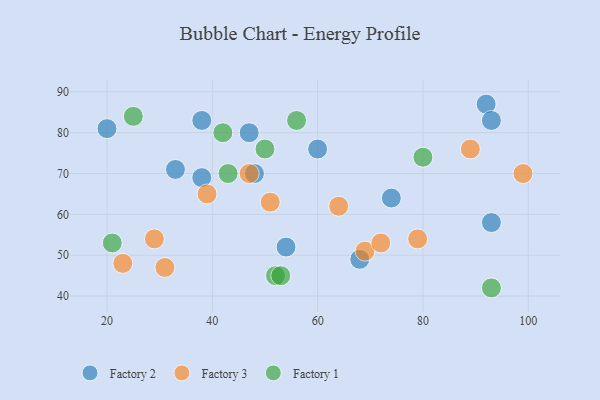
{"axis": {"x": "GDP", "y": "Life Expectancy"}, "legend": ["Factory 1", "Factory 2", "Factory 3"], "data": [{"x": "92", "y": 87, "type": "Factory 2"}, {"x": "20", "y": 81, "type": "Factory 2"}, {"x": "93", "y": 58, "type": "Factory 2"}, {"x": "93", "y": 83, "type": "Factory 2"}, {"x": "33", "y": 71, "type": "Factory 2"}, {"x": "74", "y": 64, "type": "Factory 2"}, {"x": "68", "y": 49, "type": "Factory 2"}, {"x": "48", "y": 70, "type": "Factory 2"}, {"x": "47", "y": 80, "type": "Factory 2"}, {"x": "38", "y": 69, "type": "Factory 2"}, {"x": "38", "y": 83, "type": "Factory 2"}, {"x": "60", "y": 76, "type": "Factory 2"}, {"x": "54", "y": 52, "type": "Factory 2"}, {"x": "29", "y": 54, "type": "Factory 3"}, {"x": "51", "y": 63, "type": "Factory 3"}, {"x": "99", "y": 70, "type": "Factory 3"}, {"x": "89", "y": 76, "type": "Factory 3"}, {"x": "47", "y": 70, "type": "Factory 3"}, {"x": "31", "y": 47, "type": "Factory 3"}, {"x": "69", "y": 51, "type": "Factory 3"}, {"x": "39", "y": 65, "type": "Factory 3"}, {"x": "72", "y": 53, "type": "Factory 3"}, {"x": "64", "y": 62, "type": "Factory 3"}, {"x": "79", "y": 54, "type": "Factory 3"}, {"x": "23", "y": 48, "type": "Factory 3"}, {"x": "80", "y": 74, "type": "Factory 1"}, {"x": "52", "y": 45, "type": "Factory 1"}, {"x": "25", "y": 84, "type": "Factory 1"}, {"x": "21", "y": 53, "type": "Factory 1"}, {"x": "53", "y": 45, "type": "Factory 1"}, {"x": "50", "y": 76, "type": "Factory 1"}, {"x": "93", "y": 42, "type": "Factory 1"}, {"x": "42", "y": 80, "type": "Factory 1"}, {"x": "56", "y": 83, "type": "Factory 1"}, {"x": "43", "y": 70, "type": "Factory 1"}]}